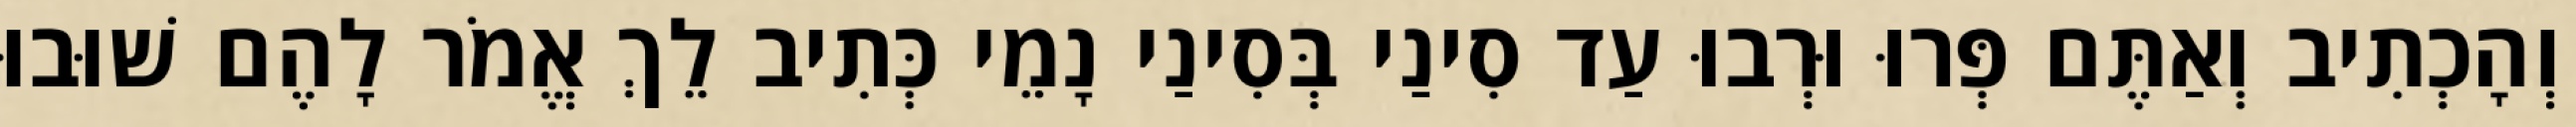
וְהָכְתִיב וְאַתֶּם פְּרוּ וּרְבוּ עַד סִינַי בְּסִינַי נָמֵי כְּתִיב לֵךְ אֱמֹר לָהֶם שׁוּבוּ